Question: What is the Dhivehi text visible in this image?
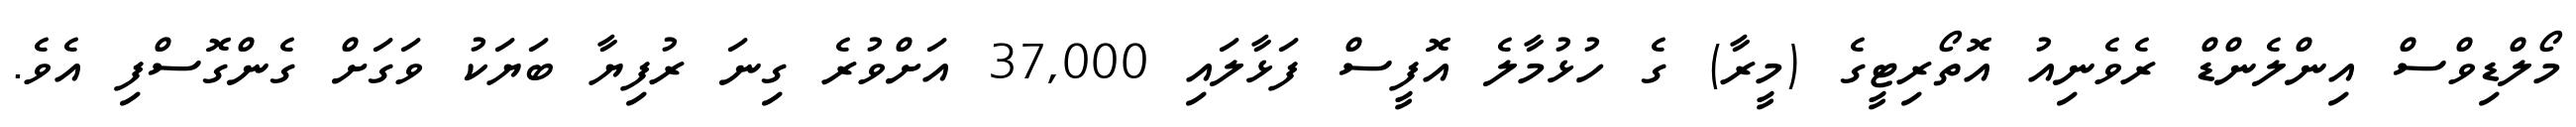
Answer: މޯލްޑިވްސް އިންލެންޑް ރެވެނިއު އޮތޯރިޓީގެ (މީރާ) ގެ ހުޅުމާލެ އޮފީސް ފަޅާލައި 37,000 އަށްވުރެ ގިނަ ރުފިޔާ ބަޔަކު ވަގަށް ގެންގޮސްފި އެވެ.